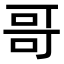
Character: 哥